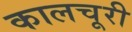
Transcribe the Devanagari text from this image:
कालचूरी